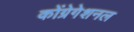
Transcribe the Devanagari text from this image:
कोंग्रेगेशनल